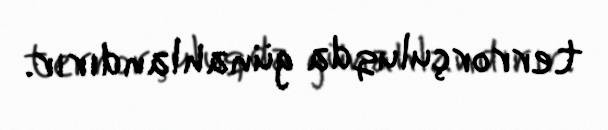
terrorçuluqda günahlandırır.